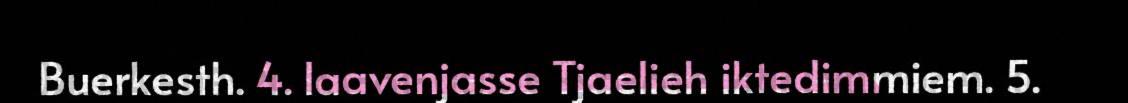
Buerkesth. 4. laavenjasse Tjaelieh iktedimmiem. 5.